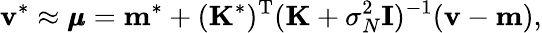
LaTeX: \mathbf{v}^{*}\approx{\pmb{\mu}}=\mathbf{m}^{*}+(\mathbf{K}^{*})^{\mathrm{T}}(\mathbf{K}+\sigma_{N}^{2}{\mathbf{I}})^{-1}(\mathbf{v}-\mathbf{m}),